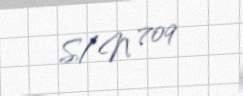
S/N 709